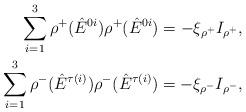
LaTeX: \begin{align*}\sum_{i=1}^3 \rho^+(\hat{E}^{0i})\rho^+(\hat{E}^{0i}) = -\xi_{\rho^+} I_{\rho^+},\\\sum_{i=1}^3 \rho^-(\hat{E}^{\tau(i)})\rho^-(\hat{E}^{\tau(i)}) = -\xi_{\rho^-} I_{\rho^-},\end{align*}